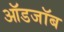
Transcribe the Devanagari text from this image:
ऑडजॉब